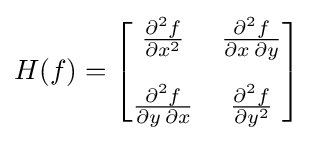
H(f)={\begin{bmatrix}{\frac {\partial ^{2}f}{\partial x^{2}}}&{\frac {\partial ^{2}f}{\partial x\,\partial y}}\\[10pt]{\frac {\partial ^{2}f}{\partial y\,\partial x}}&{\frac {\partial ^{2}f}{\partial y^{2}}}\end{bmatrix}}